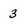
Character: 3